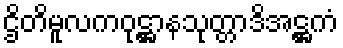
ဌိတိမူလကဝုဋ္ဌာနသုတ္တာဒိအဋ္ဌကံ